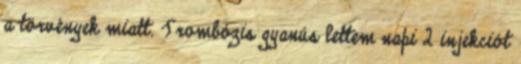
a törvények miatt. Trombózis gyanús lettem napi 2 injekciót